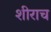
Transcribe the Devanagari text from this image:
शीराच